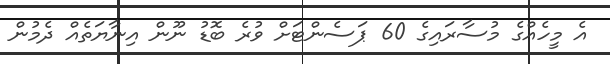
އެ މީހެއްގެ މުސާރައިގެ 60 ޕަސެންޓަށް ވުރެ ބޮޑު ނޫން އިނާޔަތެއް ދެމުން